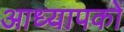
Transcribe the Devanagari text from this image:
आध्यापकों